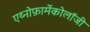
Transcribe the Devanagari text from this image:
एथ्नोफ़ार्मेकोलॉजी